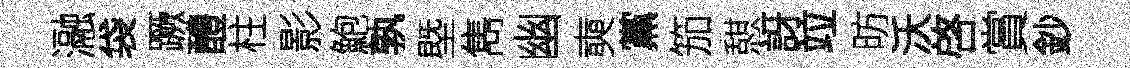
瀜袋蹶醴柱影鮑孰塈雋幽奭黨笳憇訝竝昉沃啓賞鈔